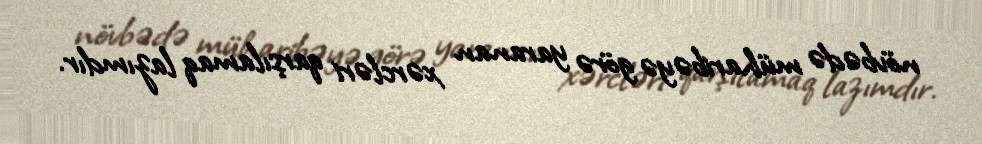
növbədə müharibəyə görə yaranan xərcləri qarşılamaq lazımdır.